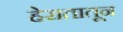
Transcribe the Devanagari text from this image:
हेरातातून